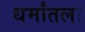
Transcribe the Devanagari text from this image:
धर्मांतला